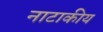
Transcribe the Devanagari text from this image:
नाटाकीय